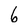
Character: 6